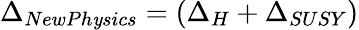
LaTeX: \Delta_{NewPh\mathit{y}sics}=(\Delta_{H}+\Delta_{SUSY})